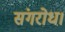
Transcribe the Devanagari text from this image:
संगरोध।